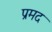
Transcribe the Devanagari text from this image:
प्रमद